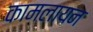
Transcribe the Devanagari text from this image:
कामलायन